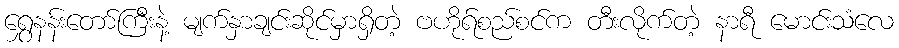
ရွှေနန်းတော်ကြီးနဲ့ မျက်နှာချင်းဆိုင်မှာရှိတဲ့ ဗဟိုရ်စည်စင်က တီးလိုက်တဲ့ နာရီ မောင်းသံလေ